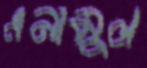
এনামুল